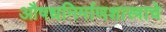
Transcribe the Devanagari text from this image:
औषधनिर्माणशास्त्राचे